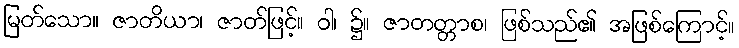
မြတ်သော။ ဇာတိယာ၊ ဇာတ်ဖြင့်။ ဝါ၊ ၌။ ဇာတတ္တာစ၊ ဖြစ်သည်၏ အဖြစ်ကြောင့်။